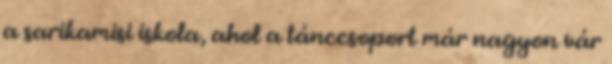
a sarikamisi iskola, ahol a tánccsoport már nagyon vár